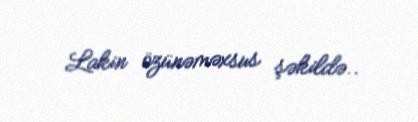
Lakin özünəməxsus şəkildə..